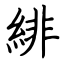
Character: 緋